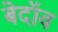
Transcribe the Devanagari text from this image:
बेदॉव